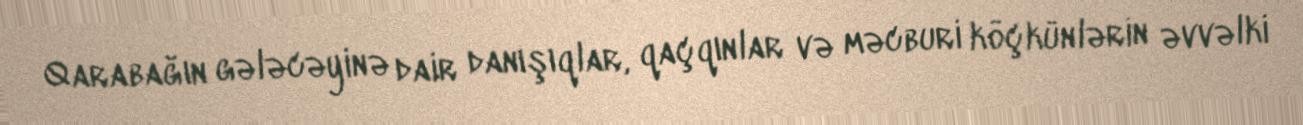
Qarabağın gələcəyinə dair danışıqlar, qaçqınlar və məcburi köçkünlərin əvvəlki